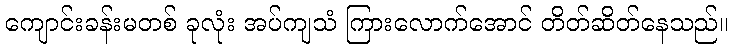
ကျောင်းခန်းမတစ် ခုလုံး အပ်ကျသံ ကြားလောက်အောင် တိတ်ဆိတ်နေသည်။